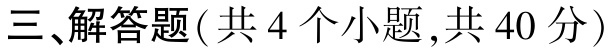
三、解答题(共 4 个小题,共 40 分)